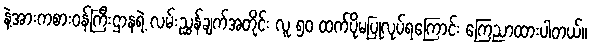
နဲ့အားကစားဝန်ကြီးဌာနရဲ့ လမ်းညွှန်ချက်အတိုင်း လူ ၅၀ ထက်ပိုမပြုလုပ်ရကြောင်း ကြေညာထားပါတယ်။